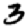
Digit: 3